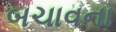
બચાવના